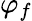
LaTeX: \varphi_{f}